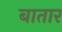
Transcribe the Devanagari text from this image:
बातार